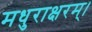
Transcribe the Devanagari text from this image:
मधुराक्षरम्‌।